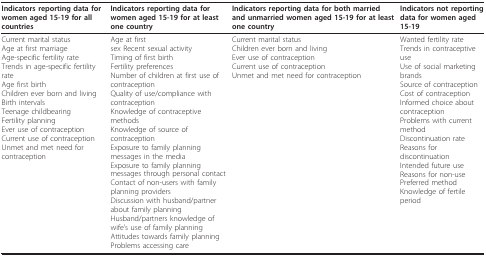
<table><thead><tr><td><b>Indicators reporting data for women aged 15-19 for all countries</b></td><td><b>Indicators reporting data for women aged 15-19 for at least one country</b></td><td><b>Indicators reporting data for both married and unmarried women aged 15-19 for at least one country</b></td><td><b>Indicators not reporting data for women aged 15-19</b></td></tr></thead><tbody><tr><td>Current marital statusAge at first marriageAge-specific fertility rateTrends in age-specific fertility rateAge first birthChildren ever born and livingBirth intervalsTeenage childbearingFertility planningEver use of contraceptionCurrent use of contraceptionUnmet and met need for contraception</td><td>Age at firstsex Recent sexual activityTiming of first birthFertility preferencesNumber of children at first use of contraceptionQuality of use/compliance with contraceptionKnowledge of contraceptive methodsKnowledge of source of contraceptionExposure to family planning messages in the mediaExposure to family planning messages through personal contactContact of non-users with family planning providersDiscussion with husband/partner about family planningHusband/partners knowledge of wife&#x27;s use of family planningAttitudes towards family planningProblems accessing care</td><td>Current marital statusChildren ever born and livingEver use of contraceptionCurrent use of contraceptionUnmet and met need for contraception</td><td>Wanted fertility rateTrends in contraceptive useUse of social marketing brandsSource of contraceptionCost of contraceptionInformed choice about contraceptionProblems with current methodDiscontinuation rateReasons for discontinuationIntended future useReasons for non-usePreferred methodKnowledge of fertile period</td></tr></tbody></table>